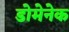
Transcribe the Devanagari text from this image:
डोमेनेक